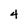
Character: 4